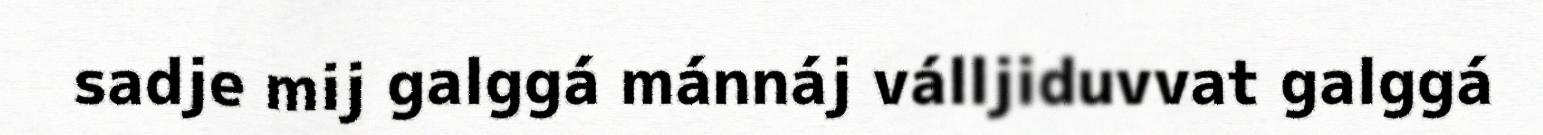
sadje mij galggá mánnáj válljiduvvat galggá